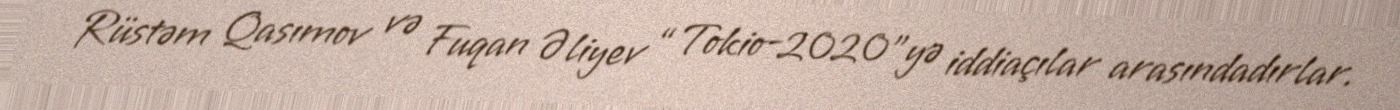
Rüstəm Qasımov və Fuqan Əliyev “Tokio-2020”yə iddiaçılar arasındadırlar.